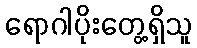
ရောဂါပိုးတွေ့ရှိသူ